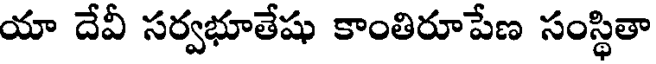
యా దేవీ సర్వభూతేషు కాంతిరూపేణ సంస్థితా